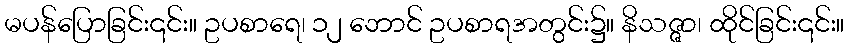
မပန်ပြောခြင်း၎င်း။ ဥပစာရေ၊ ၁၂ ဘောင် ဥပစာရအတွင်း၌။ နိသဇ္ဇာ၊ ထိုင်ခြင်း၎င်း။